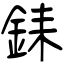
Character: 銇